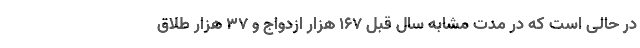
در حالی است که در مدت مشابه سال قبل ۱۶۷ هزار ازدواج و ۳۷ هزار طلاق